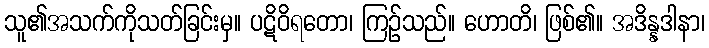
သူ၏အသက်ကိုသတ်ခြင်းမှ။ ပဋိဝိရတော၊ ကြဉ်သည်။ ဟောတိ၊ ဖြစ်၏။ အဒိန္နဒါနာ၊